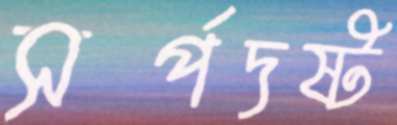
সর্পদষ্ট